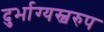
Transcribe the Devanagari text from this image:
दुर्भाग्यस्वरुप